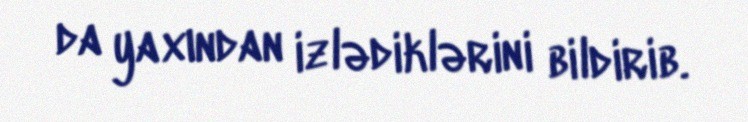
da yaxından izlədiklərini bildirib.